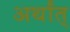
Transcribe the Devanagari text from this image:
अर्थांत्‌